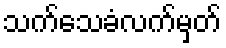
သက်သေခံလက်မှတ်